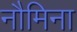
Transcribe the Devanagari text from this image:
नौमिना